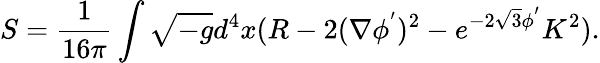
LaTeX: S=\frac{1}{16\pi}\int\sqrt{-g}d^{4}x(R-2(\nabla\phi^{'})^{2}-e^{-2\sqrt{3}\phi^{'}}K^{2}).